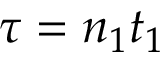
\tau = n _ { 1 } t _ { 1 }